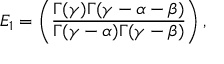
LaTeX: E _ { 1 } = \left( \frac { \Gamma ( \gamma ) \Gamma ( \gamma - \alpha - \beta ) } { \Gamma ( \gamma - \alpha ) \Gamma ( \gamma - \beta ) } \right) ,